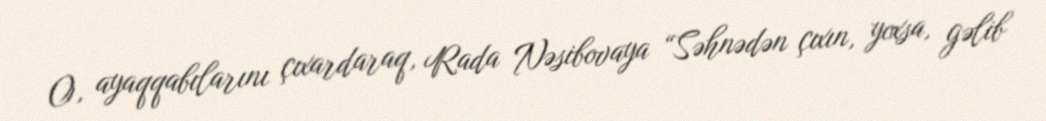
O, ayaqqabılarını çıxardaraq, Rada Nəsibovaya “Səhnədən çıxın, yoxsa, gəlib